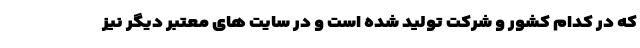
که در کدام کشور و شرکت تولید شده است و در سایت های معتبر دیگر نیز